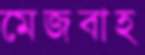
মেজবাহ